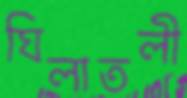
ঘিলাতলী